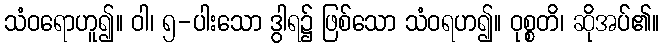
သံဝရောဟူ၍။ ဝါ၊ ၅-ပါးသော ဒွါရ၌ ဖြစ်သော သံဝရဟ၍။ ဝုစ္စတိ၊ ဆိုအပ်၏။